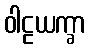
ဝါဠယက္ခာ